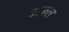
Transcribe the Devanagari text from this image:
बारुल